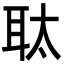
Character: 𮋮